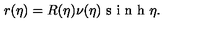
r ( \eta ) = R ( \eta ) \nu ( \eta ) \textrm { s i n h } \eta .